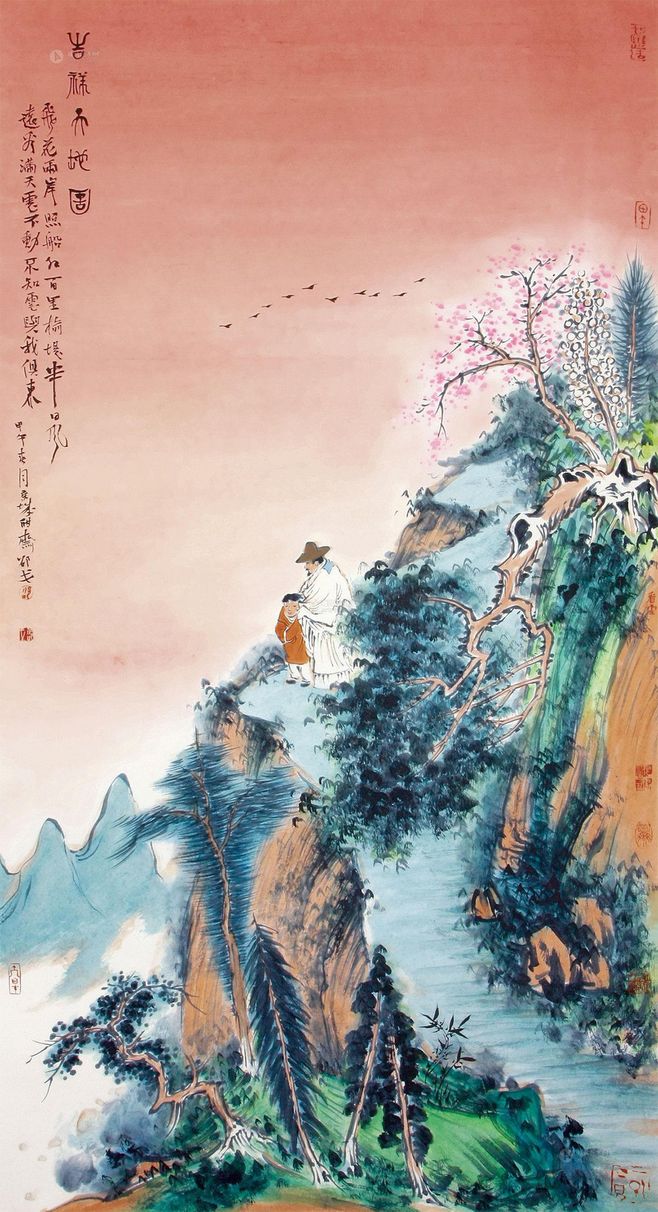
飞花两岸照船红，百里榆堤半日风。